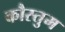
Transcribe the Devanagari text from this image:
कौस्तुम